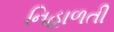
નિહાળતી